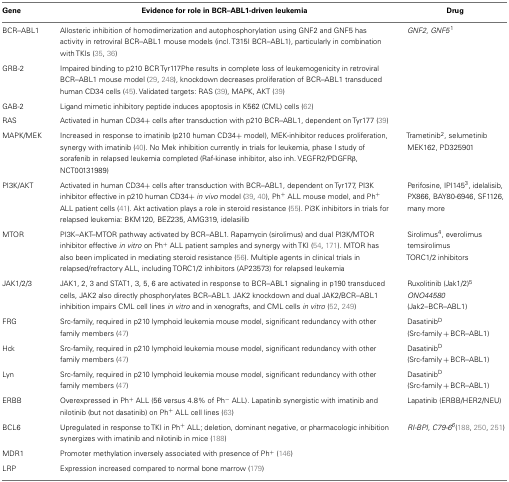
<table><thead><tr><td><b>Gene</b></td><td><b>Evidence for role in BCR–ABL1-driven leukemia</b></td><td><b>Drug</b></td></tr></thead><tbody><tr><td>BCR–ABL1</td><td>Allosteric inhibition of homodimerization and autophosphorylation using GNF2 and GNF5 has activity in retroviral BCR–ABL1 mouse models (incl. T315I BCR–ABL1), particularly in combination with TKIs (35, 36)</td><td><i>GNF2, GNF5</i><sup>1</sup></td></tr><tr><td>GRB-2</td><td>Impaired binding to p210 BCR Tyr117Phe results in complete loss of leukemogenicity in retroviral BCR–ABL1 mouse model (29, 248), knockdown decreases proliferation of BCR–ABL1 transduced human CD34 cells (45). Validated targets: RAS (39), MAPK, AKT (39)</td><td>[EMPTY_CELL]</td></tr><tr><td>GAB-2</td><td>Ligand mimetic inhibitory peptide induces apoptosis in K562 (CML) cells (62)</td><td>[EMPTY_CELL]</td></tr><tr><td>RAS</td><td>Activated in human CD34+ cells after transduction with p210 BCR–ABL1, dependent on Tyr177 (39)</td><td>[EMPTY_CELL]</td></tr><tr><td>MAPK/MEK</td><td>Increased in response to imatinib (p210 human CD34+ model), MEK-inhibitor reduces proliferation, synergy with imatinib (40). No Mek inhibition currently in trials for leukemia, phase I study of sorafenib in relapsed leukemia completed (Raf-kinase inhibitor, also inh. VEGFR2/PDGFRβ, NCT00131989)</td><td>Trametinib<sup>2</sup>, selumetinib MEK162, PD325901</td></tr><tr><td>PI3K/AKT</td><td>Activated in human CD34+ cells after transduction with BCR–ABL1, dependent on Tyr177, PI3K inhibitor effective in p210 human CD34+ <i>in vivo</i> model (39, 40), Ph<sup>+</sup> ALL mouse model, and Ph<sup>+</sup> ALL patient cells (41). Akt activation plays a role in steroid resistance (55). Pi3K inhibitors in trials for relapsed leukemia: BKM120, BEZ235, AMG319, idelasilib</td><td>Perifosine, IPI145<sup>3</sup>, idelalisib, PX866, BAY80-6946, SF1126, many more</td></tr><tr><td>MTOR</td><td>PI3K–AKT–MTOR pathway activated by BCR–ABL1. Rapamycin (sirolimus) and dual PI3K/MTOR inhibitor effective <i>in vitro</i> on Ph<sup>+</sup> ALL patient samples and synergy with TKI (54, 171). MTOR has also been implicated in mediating steroid resistance (56). Multiple agents in clinical trials in relapsed/refractory ALL, including TORC1/2 inhibitors (AP23573) for relapsed leukemia</td><td>Sirolimus<sup>4</sup>, everolimus temsirolimus TORC1/2 inhibitors</td></tr><tr><td>JAK1/2/3</td><td>JAK1, 2, 3 and STAT1, 3, 5, 6 are activated in response to BCR–ABL1 signaling in p190 transduced cells, JAK2 also directly phosphorylates BCR–ABL1. JAK2 knockdown and dual JAK2/BCR–ABL1 inhibition impairs CML cell lines <i>in vitro</i> and in xenografts, and CML cells <i>in vitro</i> (52, 249)</td><td>Ruxolitinib (Jak1/2)<sup>5</sup><i>ONO44580</i> (Jak2–BCR–ABL1)</td></tr><tr><td>FRG</td><td>Src-family, required in p210 lymphoid leukemia mouse model, significant redundancy with other family members (47)</td><td>Dasatinib<sup>D</sup> (Src-family + BCR–ABL1)</td></tr><tr><td>Hck</td><td>Src-family, required in p210 lymphoid leukemia mouse model, significant redundancy with other family members (47)</td><td>Dasatinib<sup>D</sup> (Src-family + BCR–ABL1)</td></tr><tr><td>Lyn</td><td>Src-family, required in p210 lymphoid leukemia mouse model, significant redundancy with other family members (47)</td><td>Dasatinib<sup>D</sup> (Src-family + BCR–ABL1)</td></tr><tr><td>ERBB</td><td>Overexpressed in Ph<sup>+</sup> ALL (56 versus 4.8% of Ph<sup>−</sup> ALL). Lapatinib synergistic with imatinib and nilotinib (but not dasatinib) on Ph<sup>+</sup> ALL cell lines (63)</td><td>Lapatinib (ERBB/HER2/NEU)</td></tr><tr><td>BCL6</td><td>Upregulated in response to TKI in Ph<sup>+</sup> ALL; deletion, dominant negative, or pharmacologic inhibition synergizes with imatinib and nilotinib in mice (188)</td><td><i>RI-BPI, C79-6<sup>6</sup></i>(188, 250, 251)</td></tr><tr><td>MDR1</td><td>Promoter methylation inversely associated with presence of Ph<sup>+</sup> (146)</td><td>[EMPTY_CELL]</td></tr><tr><td>LRP</td><td>Expression increased compared to normal bone marrow (179)</td><td>[EMPTY_CELL]</td></tr></tbody></table>